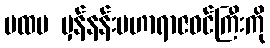
ပထမ မှန်နန်းမဟာရာဇဝင်ကြီးကို